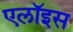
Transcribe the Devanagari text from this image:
एलॉइस